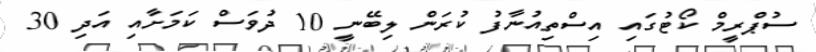
ސުޕްރީމް ކޯޓުގައި އިސްތިއުނާފު ކުރަން ލިބޭނީ 10 ދުވަސް ކަމަށާއި އަދި 30